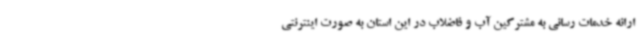
ارائه خدمات رسانی به مشترکین آب و فاضلاب در این استان به صورت اینترنتی